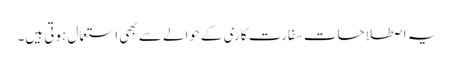
یہ اصطلاحات سفارت کاری کے حوالے سے بھی استعمال ہوتی ہیں۔